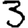
Digit: 3